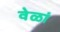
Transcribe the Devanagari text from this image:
वेळां